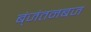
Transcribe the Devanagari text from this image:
ब्ंजंतनबज